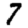
Digit: 7